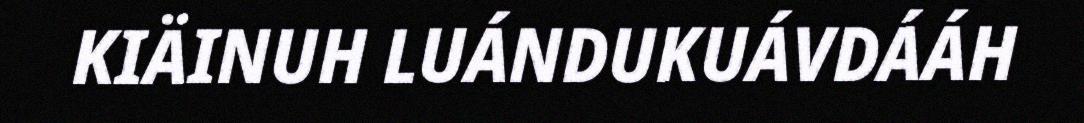
KIÄINUH LUÁNDUKUÁVDÁÁH